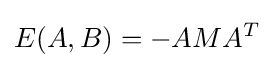
E(A,B)=-AMA^{T}